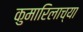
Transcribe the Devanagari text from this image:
कुमारिलाच्या